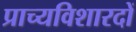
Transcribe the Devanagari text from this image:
प्राच्यविशारदों